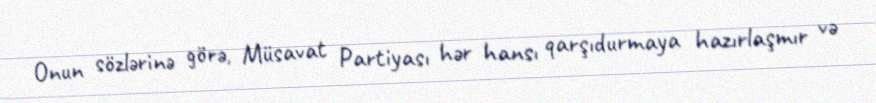
Onun sözlərinə görə, Müsavat Partiyası hər hansı qarşıdurmaya hazırlaşmır və